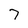
Character: 7